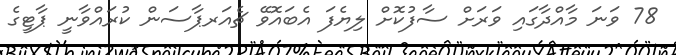
78 ވަނަ މާއްދާގައި ވަރަށް ސާފުކޮށް ލިޔެފަ އެބައޮވޭ ޗެއަރޕާސަން ކުރައްވާނީ ޕާޓީގެ